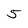
Character: 5